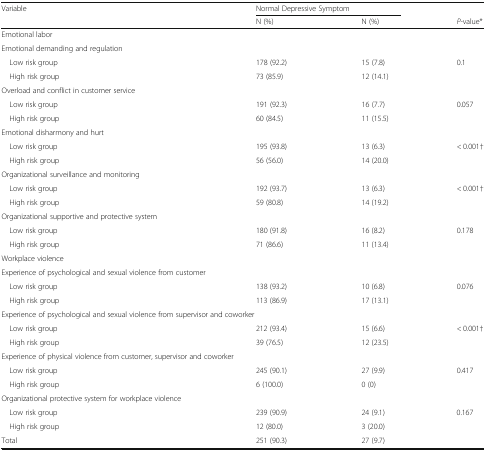
<table><thead><tr><td><b>Variable</b></td><td colspan="2"><b>Normal Depressive Symptom</b></td><td></td></tr><tr><td></td><td><b>N (%)</b></td><td><b>N (%)</b></td><td><b><i>P</i>-value*</b></td></tr></thead><tbody><tr><td colspan="4">Emotional labor</td></tr><tr><td>Emotional demanding and regulation</td><td></td><td></td><td></td></tr><tr><td> Low risk group</td><td>178 (92.2)</td><td>15 (7.8)</td><td>0.1</td></tr><tr><td> High risk group</td><td>73 (85.9)</td><td>12 (14.1)</td><td></td></tr><tr><td>Overload and conflict in customer service</td><td></td><td></td><td></td></tr><tr><td> Low risk group</td><td>191 (92.3)</td><td>16 (7.7)</td><td>0.057</td></tr><tr><td> High risk group</td><td>60 (84.5)</td><td>11 (15.5)</td><td></td></tr><tr><td>Emotional disharmony and hurt</td><td></td><td></td><td></td></tr><tr><td> Low risk group</td><td>195 (93.8)</td><td>13 (6.3)</td><td>&lt; 0.001†</td></tr><tr><td> High risk group</td><td>56 (56.0)</td><td>14 (20.0)</td><td></td></tr><tr><td>Organizational surveillance and monitoring</td><td></td><td></td><td></td></tr><tr><td> Low risk group</td><td>192 (93.7)</td><td>13 (6.3)</td><td>&lt; 0.001†</td></tr><tr><td> High risk group</td><td>59 (80.8)</td><td>14 (19.2)</td><td></td></tr><tr><td>Organizational supportive and protective system</td><td></td><td></td><td></td></tr><tr><td> Low risk group</td><td>180 (91.8)</td><td>16 (8.2)</td><td>0.178</td></tr><tr><td> High risk group</td><td>71 (86.6)</td><td>11 (13.4)</td><td></td></tr><tr><td colspan="4">Workplace violence</td></tr><tr><td colspan="2">Experience of psychological and sexual violence from customer</td><td></td><td></td></tr><tr><td> Low risk group</td><td>138 (93.2)</td><td>10 (6.8)</td><td>0.076</td></tr><tr><td> High risk group</td><td>113 (86.9)</td><td>17 (13.1)</td><td></td></tr><tr><td colspan="2">Experience of psychological and sexual violence from supervisor and coworker</td><td></td><td></td></tr><tr><td> Low risk group</td><td>212 (93.4)</td><td>15 (6.6)</td><td>&lt; 0.001†</td></tr><tr><td> High risk group</td><td>39 (76.5)</td><td>12 (23.5)</td><td></td></tr><tr><td colspan="2">Experience of physical violence from customer, supervisor and coworker</td><td></td><td></td></tr><tr><td> Low risk group</td><td>245 (90.1)</td><td>27 (9.9)</td><td>0.417</td></tr><tr><td> High risk group</td><td>6 (100.0)</td><td>0 (0)</td><td></td></tr><tr><td>Organizational protective system for workplace violence</td><td></td><td></td><td></td></tr><tr><td> Low risk group</td><td>239 (90.9)</td><td>24 (9.1)</td><td>0.167</td></tr><tr><td> High risk group</td><td>12 (80.0)</td><td>3 (20.0)</td><td></td></tr><tr><td>Total</td><td>251 (90.3)</td><td>27 (9.7)</td><td></td></tr></tbody></table>